Scottish Leaving Certificate Examination, 1960
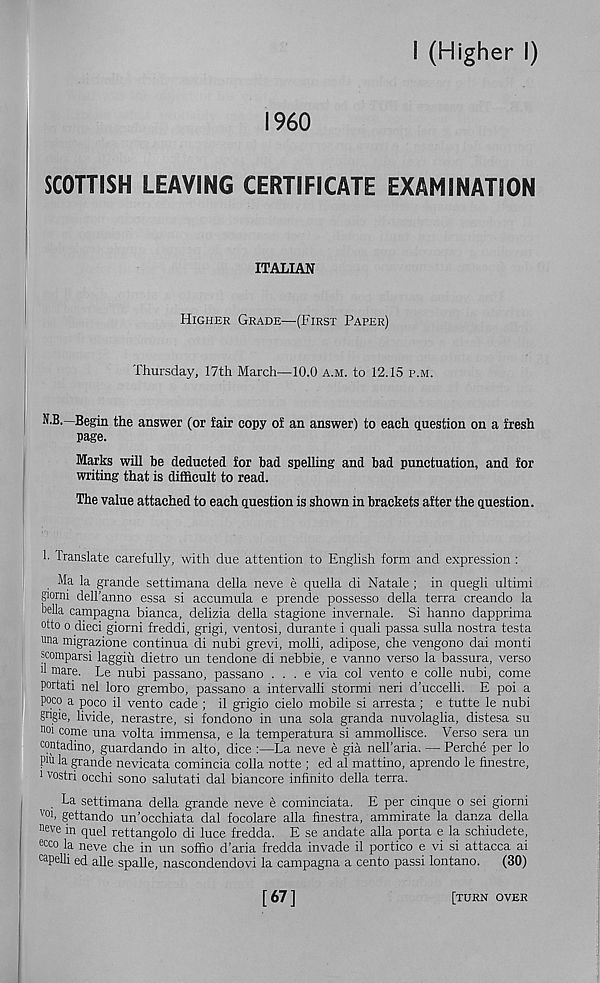
I (Higher I)
I960
SCOTTISH LEAVING CERTIFICATE EXAMINATION
ITALIAN
Higher Grade—(First Paper)
Thursday, 17th March—10.0 a.m. to 12.15 p.m.
N.B.—Begin the answer (or fair copy of an answer) to each question on a fresh
page.
Marks will he deducted for bad spelling and bad punctuation, and for
writing that is difficult to read.
The value attached to each question is shown in brackets after the question.
!• Translate carefully, with due attention to English form and expression :
Ma la grande settimana della neve e quella di Natale; in quegli ultimi
giorni dell’anno essa si accumula e prende possesso della terra creando la
bella campagna bianca, delizia della stagione invernale. Si hanno dapprima
°tto o died giorni freddi, grigi, ventosi, durante i quali passa sulla nostra testa
una migrazione continua di nubi grevi, molli, adipose, che vengono dai monti
scomparsi laggiu dietro un tendone di nebbie, e vanno verso la bassura, verso
il mare. Le nubi passano, passano . . . e via col vento e colie nubi, come
portati nel loro grembo, passano a intervalli stormi neri d’uccelli. E poi a
poco a poco il vento cade ; il grigio cielo mobile si arresta; e tutte le nubi
gngie, livide, nerastre, si fondono in una sola granda nuvolaglia, distesa su
noi come una volta immensa, e la temperatura si ammollisce. Verso sera un
contadino, guardando in alto, dice :—La neve e gia neH’aria. — Perche per lo
pm la grande nevicata comincia colla notte ; ed al mattino, aprendo le finestre,
1 vostri occhi sono salutati dal biancore infinito della terra.
. L a settimana della grande neve e cominciata. E per cinque o sei giorni
V01 > gettando un’occhiata dal focolare alia finestra, ammirate la danza della
neve in quel rettangolo di luce fredda. E se andate alia porta e la schiudete,
ecco la neve che in un soffio d’aria fredda invade il portico e vi si attacca ai
ca P e Hi ed alle spalle, nascondendovi la campagna a cento passi lontano. (30)
[67]
[turn over